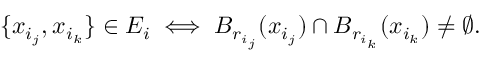
\{ x _ { i _ { j } } , x _ { i _ { k } } \} \in E _ { i } \iff B _ { r _ { i _ { j } } } ( x _ { i _ { j } } ) \cap B _ { r _ { i _ { k } } } ( x _ { i _ { k } } ) \neq \emptyset .